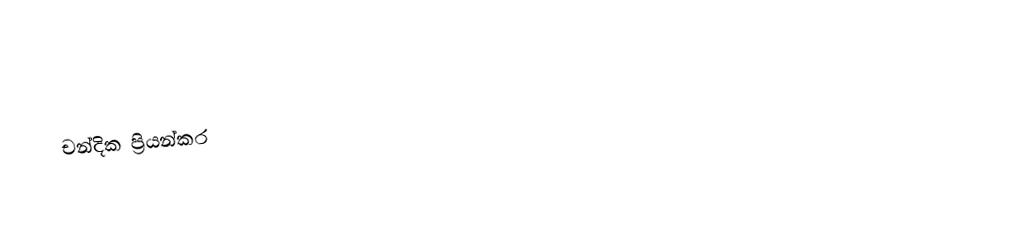
චන්දික ප්‍රියන්කර